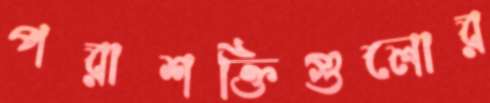
পরাশক্তিগুলোর